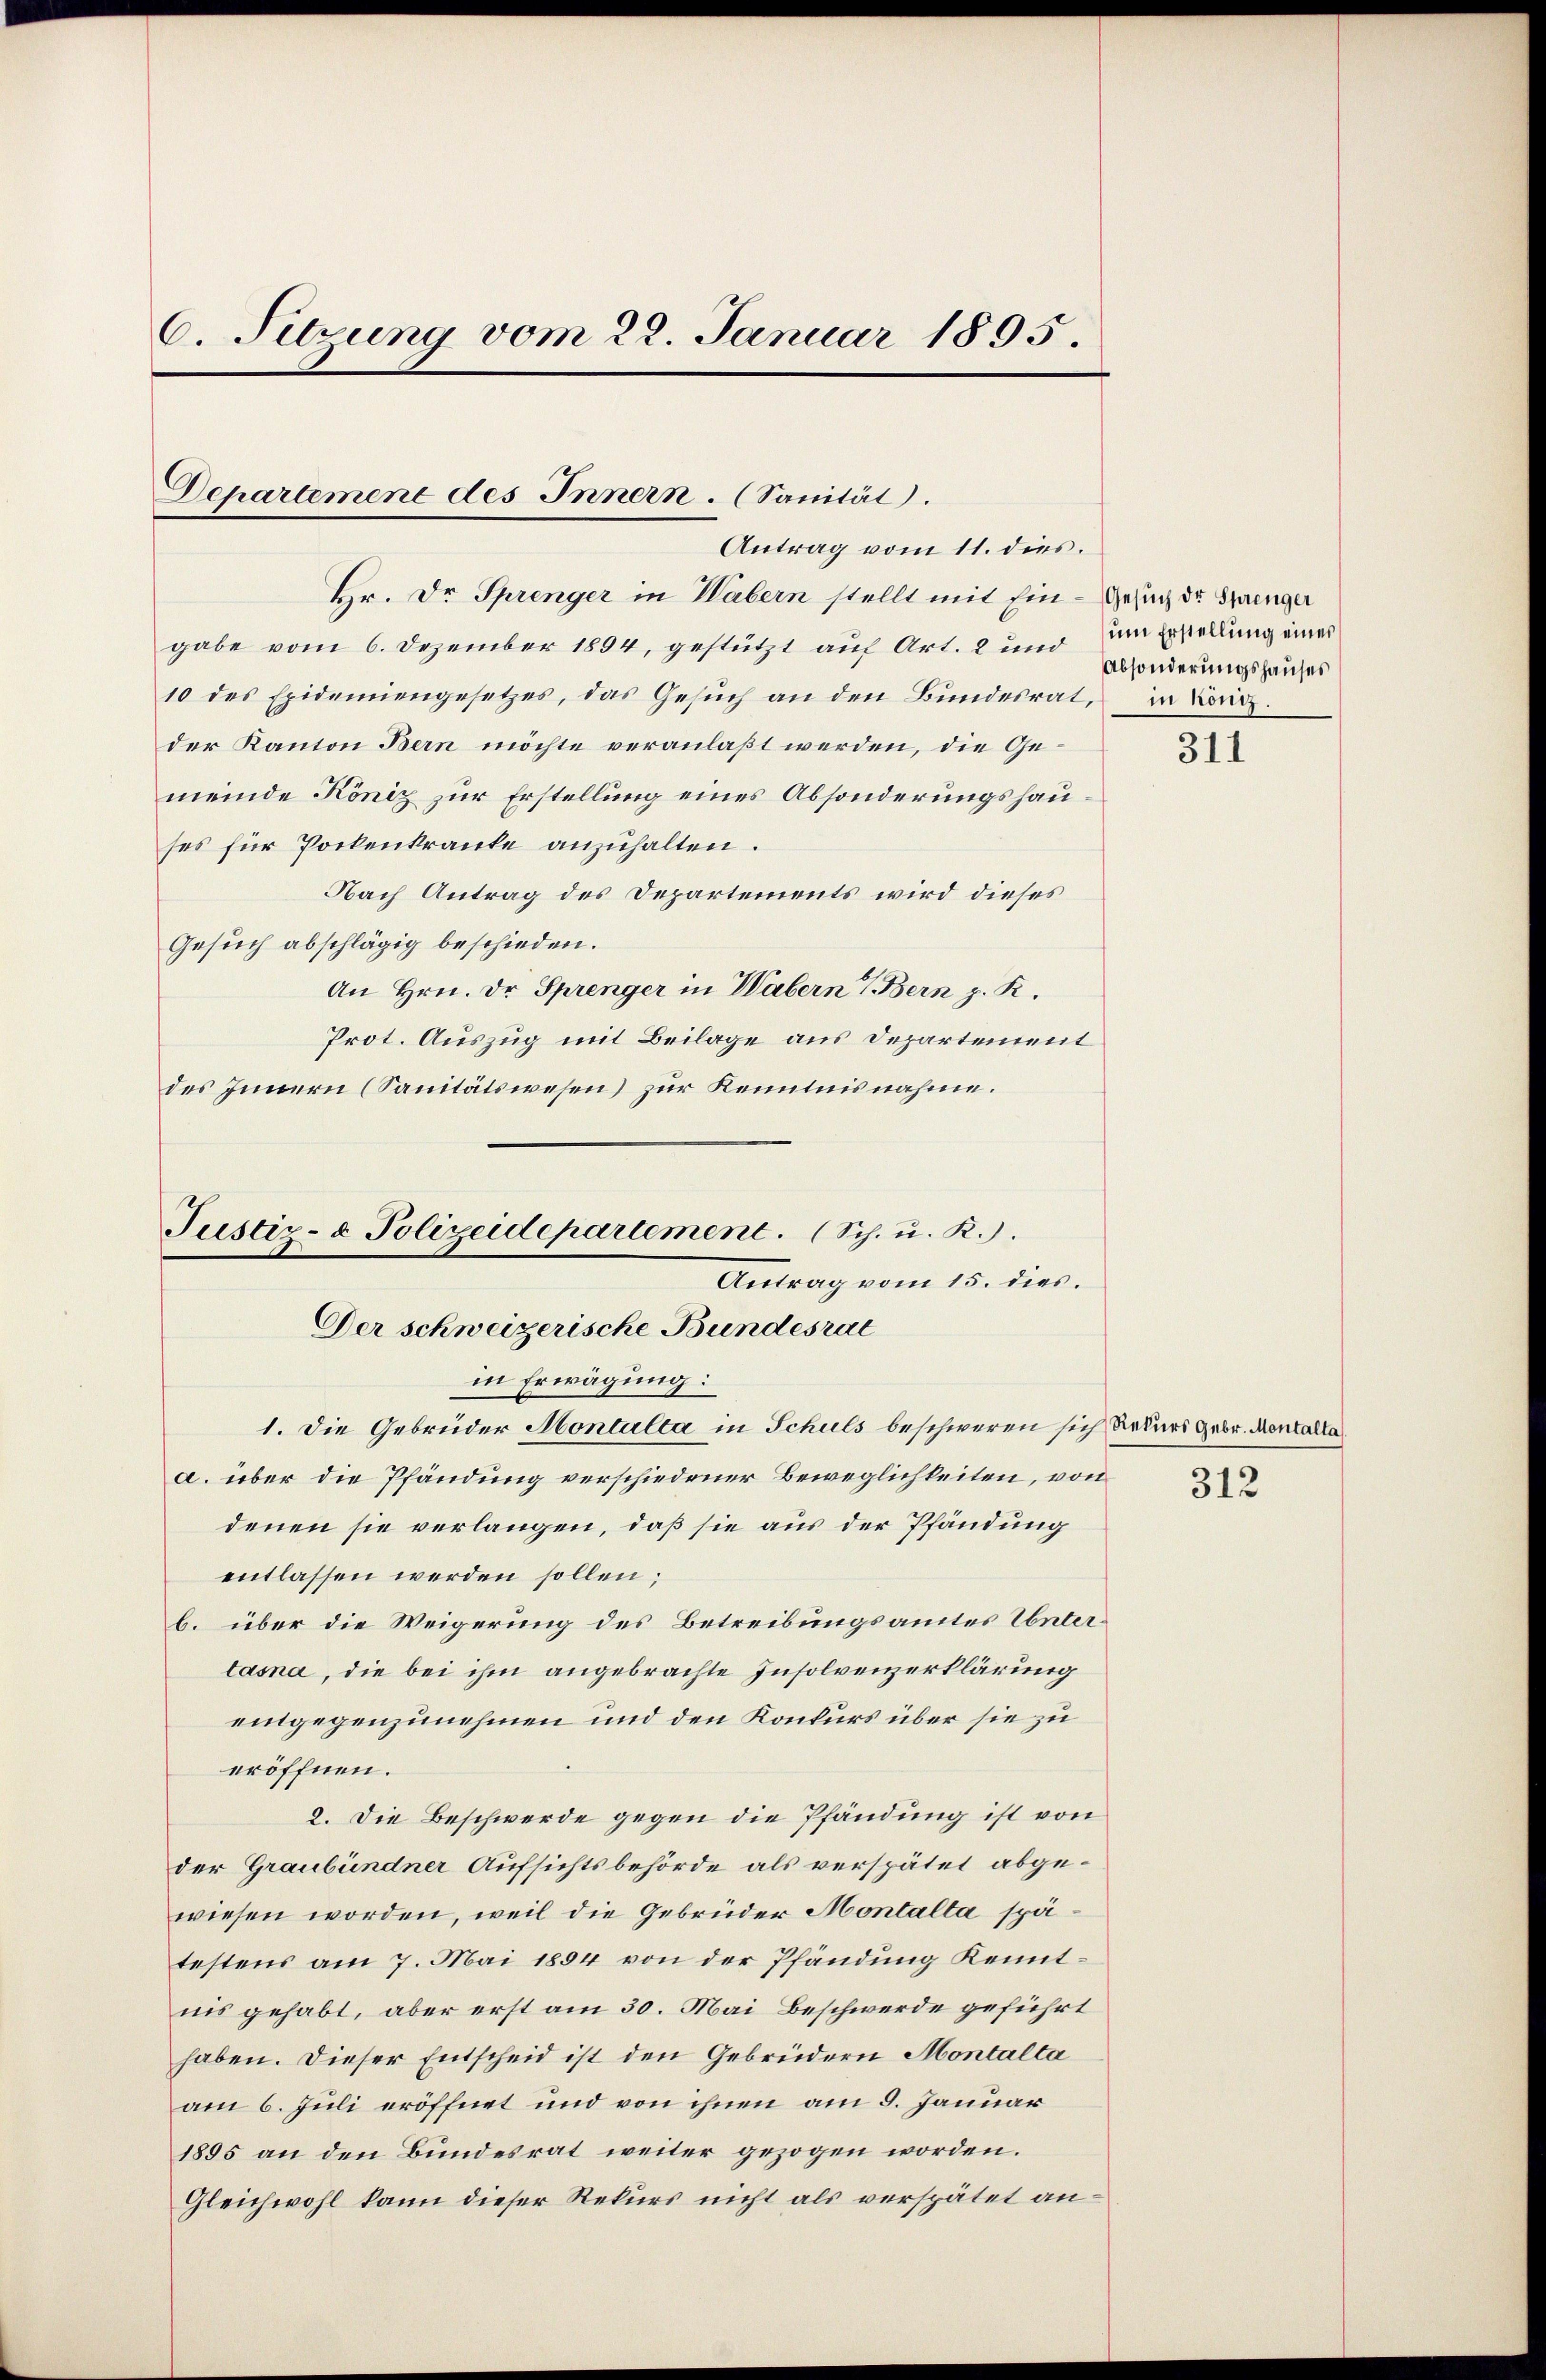
6. Sitzung vom 22. Januar 1895.

Departement des Innern. (Sanität.
Antrag vom 11. dies.

Hr. Dr Sprenger in Wäbern stellt mit Ein- Gesuch der Springer
gabe vom 6. Dezember 1894, gestützt auf Art. 2 und um Erstellung eines
10 des Epidemiengesetzes, das Gesuch an den Bundesrat, in Bonn.
der Kanton Bern möchte veranlaßt werden, die Gemeinde König zur Erstellung eines Absonderungshauses für Pockenkranke anzuhalten.
Nach Antrag des Departements wird dieses
Gesuch abschlägig beschieden.
An Hrn. Dr Sprenger in Wabern V. Bern z. K.
Prot. Auszug mit Beilage aus Departement
des Innern (Sanitätswesen) zur Kenntnisnahme.
in Erwägung:
1. Die Gebrüder Montulta in Schuls beschweren sich Rekurs Gebr. Montalla
a. über die Pfändung verschiedener Beweglichkeiten, von
denen sie verlangen, daß sie aus der Pfändung
entlassen werden sollen;
b. über die Weigerung des Betreibungsamtes Untertasna, die bei ihm angebrachte Insolvenzerklärung
eingegenzunehmen und den Konkurs über sie zu
eröffnen.
2. Die Beschwerde gegen die Pfändung ist von
der Graubündner Aufsichtsbehörde als verspätet abgewiesen worden, weil die Gebrüder Montalta spätestens am 7. Mai 1884 von der Pfändung Kenntnis gehabt, aber erst am 30. Mai Beschwerde geführt
haben. Dieser Entscheid ist den Gebrüdern Montalta
am 6. Juli eröffnet und von ihnen am 9. Januar
1895 an den Bundesrat weiter gezogen worden.
Gleichwohl kann dieser Rekurs nicht als verspätet an¬

Justiz- & Polizeidepartement. (Sch. u. R.).
Antrag vom 15. dies
Der schweizerische Bundesrat

Absonderungshauses

311

312